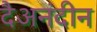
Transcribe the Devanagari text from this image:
दैअनंदीन